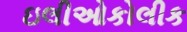
ઇલીઓકોલીક